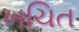
ખચિત